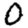
Digit: 0